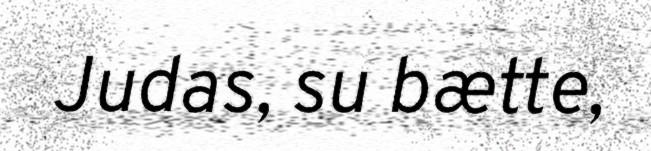
Judas, su bætte,